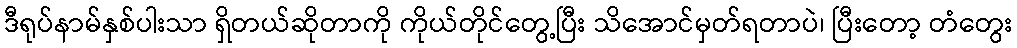
ဒီရုပ်နာမ်နှစ်ပါးသာ ရှိတယ်ဆိုတာကို ကိုယ်တိုင်တွေ့ပြီး သိအောင်မှတ်ရတာပဲ၊ ပြီးတော့ တံတွေး